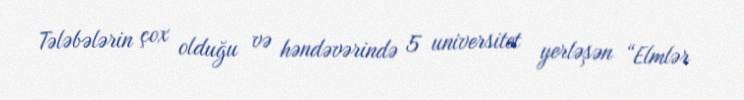
Tələbələrin çox olduğu və həndəvərində 5 universitet yerləşən “Elmlər